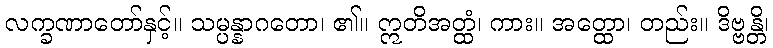
လက္ခဏာတော်နှင့်။ သမ္ပန္နာဂတော၊ ၏။ ဣတိအတ္ထံ၊ ကား။ အတ္ထော၊ တည်း။ ဒိဗ္ဗန္တိ၊